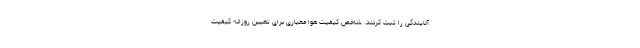
آلایندگی را ثبت کردند. شاخص کیفیت هوا معیاری برای تعیین روزانه کیفیت